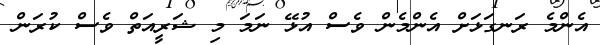
އެންމެ ރަނގަޅަށް އެންމެން ވެސް އުޅޭ ނަމަ މި ޝަރީއަތް ވެސް ކުރަން